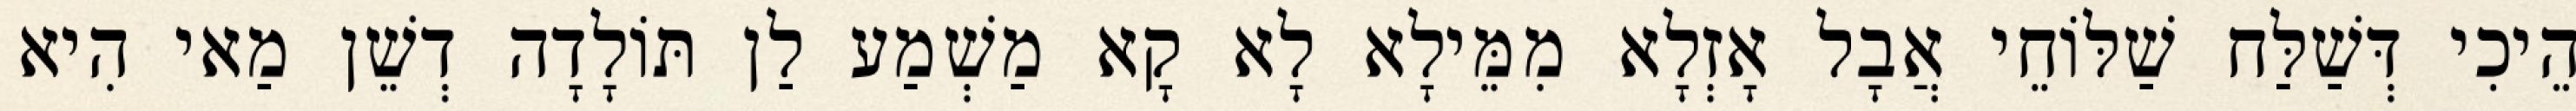
הֵיכִי דְּשַׁלַּח שַׁלּוֹחֵי אֲבָל אָזְלָא מִמֵּילָא לָא קָא מַשְׁמַע לַן תּוֹלָדָה דְשֵׁן מַאי הִיא